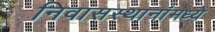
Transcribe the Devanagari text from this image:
निवासस्थानांमध्ये